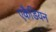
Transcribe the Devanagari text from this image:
एकैडियन